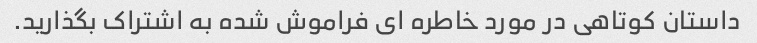
داستان کوتاهی در مورد خاطره ای فراموش شده به اشتراک بگذارید.